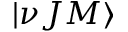
| \nu J M \rangle